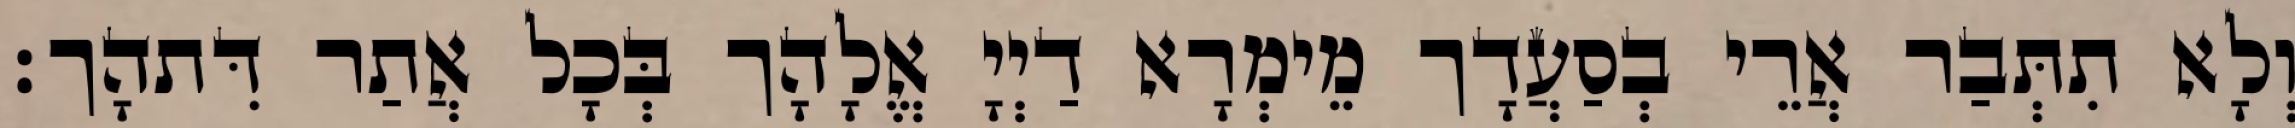
וְלָא תִתְּבַר אֲרֵי בְסַעֲדָך מֵימְרָא דַיְיָ אֱלָהָך בְּכָל אֲתַר דִּתהָך׃